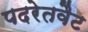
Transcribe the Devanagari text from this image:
पदरेतवैट